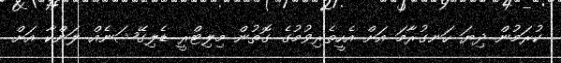
ކުރަމުން ދިޔަ ހަނގުރާމަ އަށް އެހީތެރިވުމުގެ ގޮތުން މިލިޓްރީ ޑެލިގޭޝަނެއް ލަންކާ އަށް